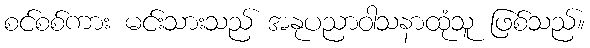
စင်စစ်ကား မင်းသားသည် အနုပညာဝါသနာထုံသူ ဖြစ်သည်။